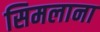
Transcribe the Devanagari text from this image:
सिमलाना